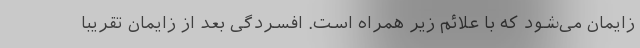
زایمان می‌شود که با علائم زیر همراه است. افسردگی بعد از زایمان تقریبا